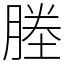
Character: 塍